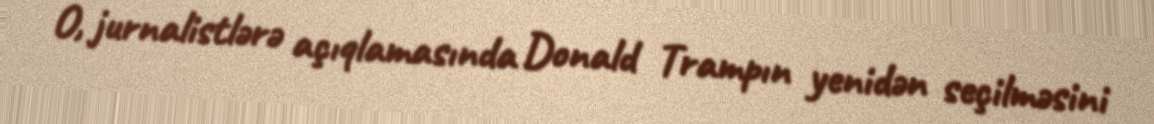
O, jurnalistlərə açıqlamasında Donald Trampın yenidən seçilməsini